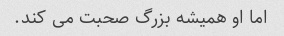
اما او همیشه بزرگ صحبت می کند.